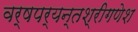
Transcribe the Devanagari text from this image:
वर्षपर्यन्तश्रीगणेश